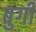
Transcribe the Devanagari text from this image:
बुगी